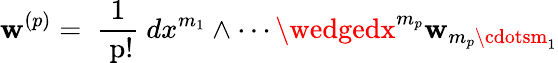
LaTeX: \mathbf{w}^{(p)}=\mathrm{{~{\frac{{1}}{{~p!}}}~}}dx^{m_{1}}\wedge\cdots\wedgedx^{m_{p}}\mathbf{w}_{m_{p}\cdotsm_{1}}